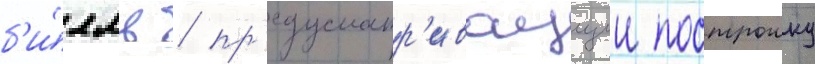
б'и́лль / пр'едусматр'иваущии построику